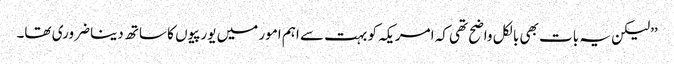
’’لیکن یہ بات بھی بالکل واضح تھی کہ امریکہ کو بہت سے اہم امور میں یورپیوں کا ساتھ دینا ضروری تھا۔